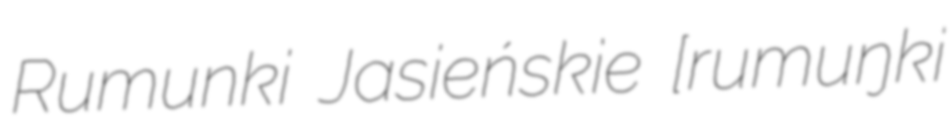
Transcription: Rumunki Jasieńskie [ruˈmuŋki